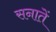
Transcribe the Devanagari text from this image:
सनातें